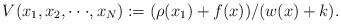
LaTeX: \begin{align*}V(x_1,x_2,\cdot \cdot \cdot,x_N):= (\rho(x_1)+f(x))/(w(x)+k).\end{align*}